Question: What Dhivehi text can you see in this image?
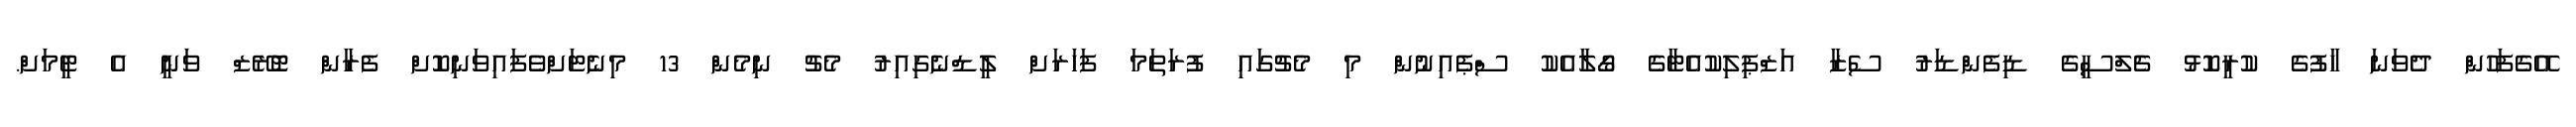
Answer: އޭގެފަހުން ދެވަނަ ހާފުގެ ކުރީކޮޅު ޗެލްސީގެ ޑިފެންޑަރު ސެޒާ އަޒްޕިލިކުއެޓާގެ ގޯލާއެކު ސްޕެއިނުން މި މެޗުގައި ފުރަތަމަ ފަހަރަށް ލީޑްނެގިއިރު މެޗު ނިމެން 13 މިނެޓަށްވެފައިވަނިކޮށް ފެރާން ޓޮރޭޒް ވަނީ އެ ޓީމަށް.